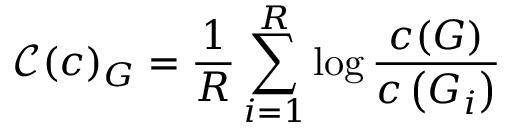
\mathcal { C } ( c ) _ { G } = \frac { 1 } { R } \sum _ { i = 1 } ^ { R } \log \frac { c ( G ) } { c \left( G _ { i } \right) }